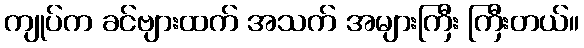
ကျုပ်က ခင်ဗျားထက် အသက် အများကြီး ကြီးတယ်။